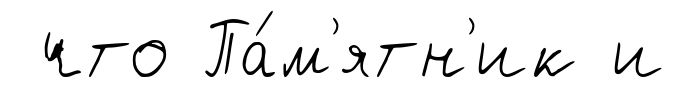
что Па́м'ятн'ик и